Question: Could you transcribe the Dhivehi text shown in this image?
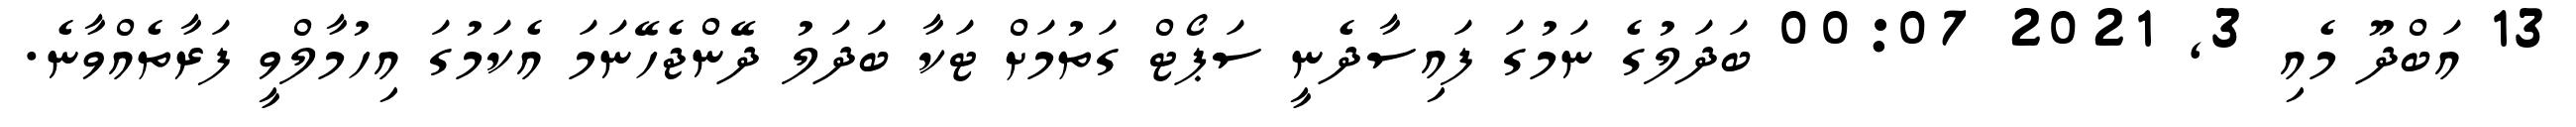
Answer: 13 އަބްދޫ މެއި 3, 2021 00:07 ބަދަލުގެ ނަމުގަ ފައިސާދެނީ ސަޕޯޓް ގަތުމަށް ޓަކާ ބަދަލު ދޭންޖެހޭނަމަ އެކަމުގަ އިހުމާލްވީ ފަރާތެއްވާނެ.